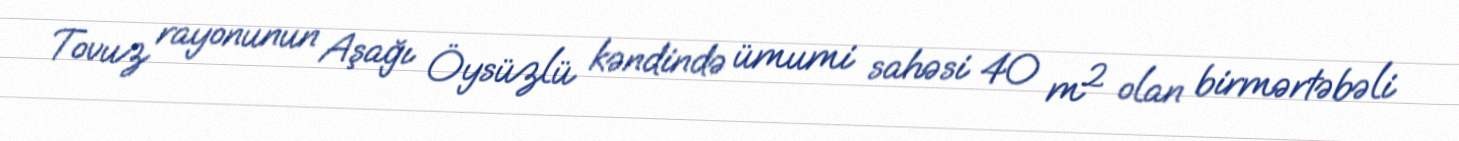
Tovuz rayonunun Aşağı Öysüzlü kəndində ümumi sahəsi 40 m² olan birmərtəbəli